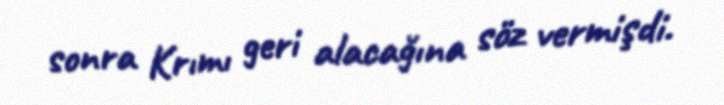
sonra Krımı geri alacağına söz vermişdi.